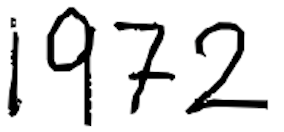
Text: 1972
Cross-out: clean
Writing tool: digital_black